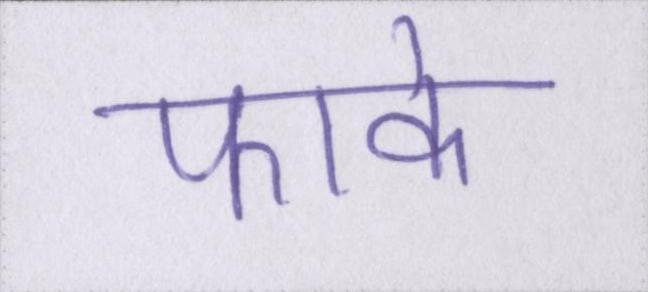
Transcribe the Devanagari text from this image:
फाके